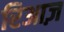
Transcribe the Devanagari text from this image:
रिआज़